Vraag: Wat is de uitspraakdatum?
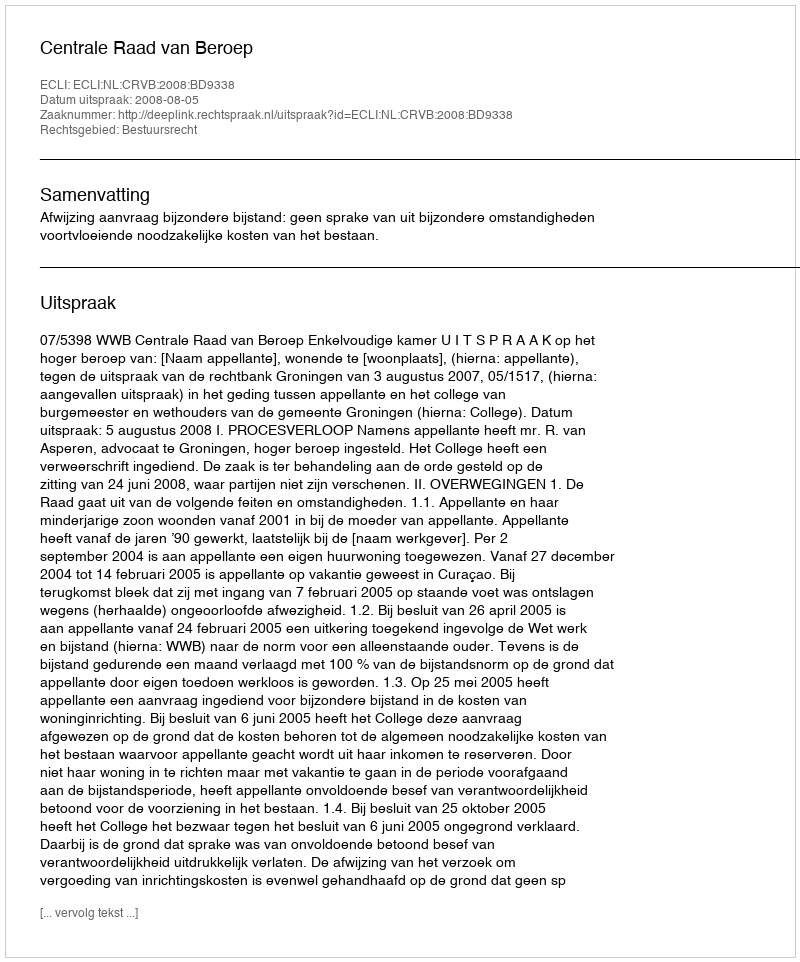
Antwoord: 2008-08-05